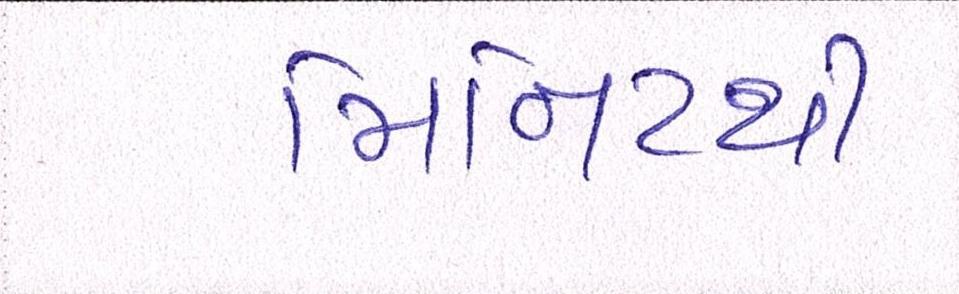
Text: મિનિટથી